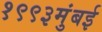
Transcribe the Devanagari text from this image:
१९९३मुंबई